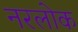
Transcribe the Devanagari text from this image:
नरलोक